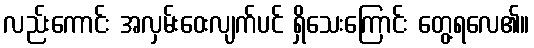
လည်းကောင်း အလှမ်းဝေးလျက်ပင် ရှိသေးကြောင်း တွေ့ရလေ၏။